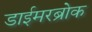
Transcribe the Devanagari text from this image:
डाईमरब्रोक